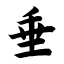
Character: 垂